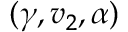
( \gamma , v _ { 2 } , \alpha )